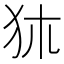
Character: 𤝂